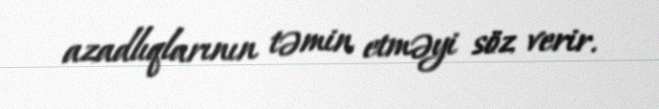
azadlıqlarının təmin etməyi söz verir.